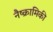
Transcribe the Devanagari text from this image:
नैष्क्रामिकी